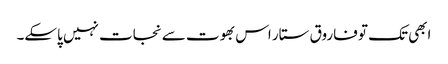
ابھی تک تو فاروق ستار اس بھوت سے نجات نہیں پاسکے۔